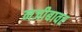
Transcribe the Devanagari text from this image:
नजीबावर